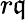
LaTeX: r\mathfrak{q}